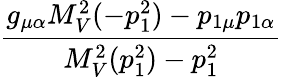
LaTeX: \frac{g_{\mu\alpha}M_{V}^{2}(-p_{1}^{2})-p_{1\mu}p_{1\alpha}}{M_{V}^{2}(p_{1}^{2})-p_{1}^{2}}